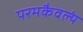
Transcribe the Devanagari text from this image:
परमकैवल्यं